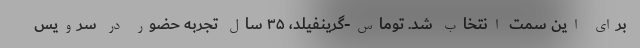
برای این سمت انتخاب شد. توماس-گرینفیلد، ۳۵ سال تجربه حضور در سرویس